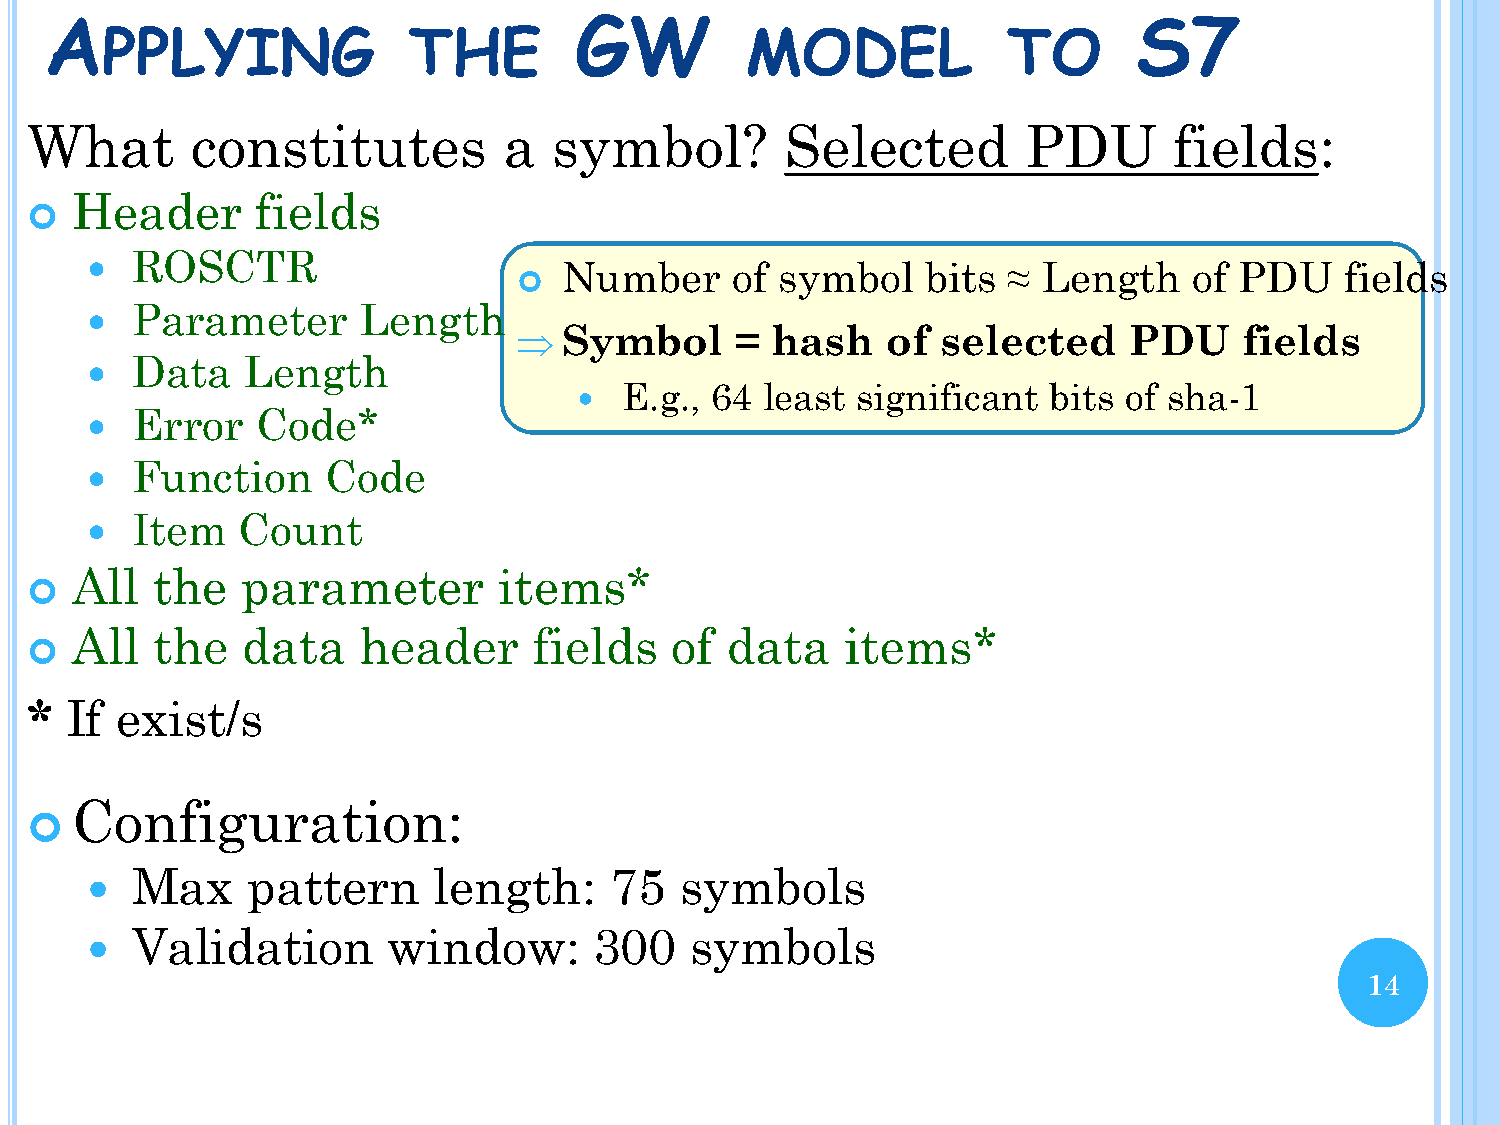
A                                  GW                                   S7
 PPLYING             THE                   MODEL             TO
 What       constitutes         a   symbol?        Selected        PDU       fields:
 Header      fields
 
 ROSCTR
                               Number     of  symbol   bits  ≈ Length    of PDU    fields
 
 Parameter      Length
 
   Symbol      = hash    of selected     PDU    fields
 Data   Length
 
 E.g., 64  least significant  bits of sha-1
 
 Error   Code*
 
 Function     Code
 
 Item   Count
 
 All  the   parameter        items*
 
 All  the   data    header     fields   of  data    items*
 
 * If  exist/s
 Configuration:
 
 Max    pattern      length:    75   symbols
 
 Validation       window:      300    symbols
 
 14